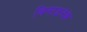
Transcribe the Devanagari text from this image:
बिगाड़नेके